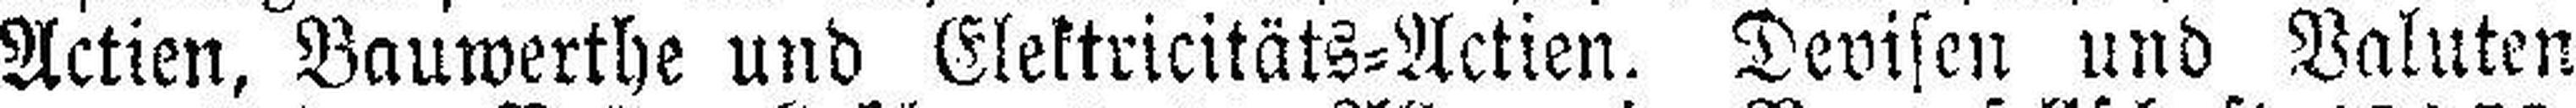
Actien, Bauwerthe und Elektricitäts=Actien. Devisen und Valuten